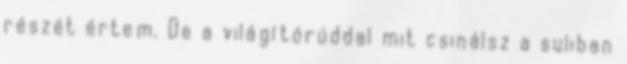
részét értem. De a világítórúddal mit csinálsz a suliban